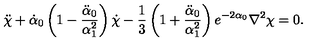
\ddot { \chi } + \dot { \alpha } _ { 0 } \left( 1 - \frac { \ddot { \alpha } _ { 0 } } { \alpha _ { 1 } ^ { 2 } } \right) \dot { \chi } - \frac { 1 } { 3 } \left( 1 + \frac { \ddot { \alpha } _ { 0 } } { \alpha _ { 1 } ^ { 2 } } \right) e ^ { - 2 \alpha _ { 0 } } \nabla ^ { 2 } \chi = 0 .